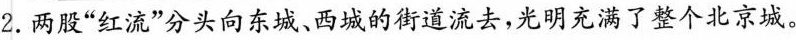
2.两股”红流”分头向东城、西城的街道流去，光明充满了整个北京城。